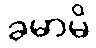
ခမာမိ